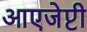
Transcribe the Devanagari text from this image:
आएजेप्टी